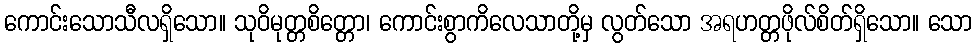
ကောင်းသောသီလရှိသော။ သုဝိမုတ္တစိတ္တော၊ ကောင်းစွာကိလေသာတို့မှ လွတ်သော အရဟတ္တဖိုလ်စိတ်ရှိသော။ သော